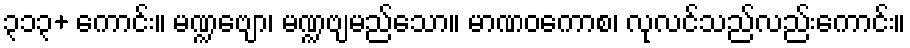
၃၁၃+ ကောင်း။ မဏ္ဍဗျော၊ မဏ္ဍဗျမည်သော။ မာဏဝကောစ၊ လုလင်သည်လည်းကောင်း။